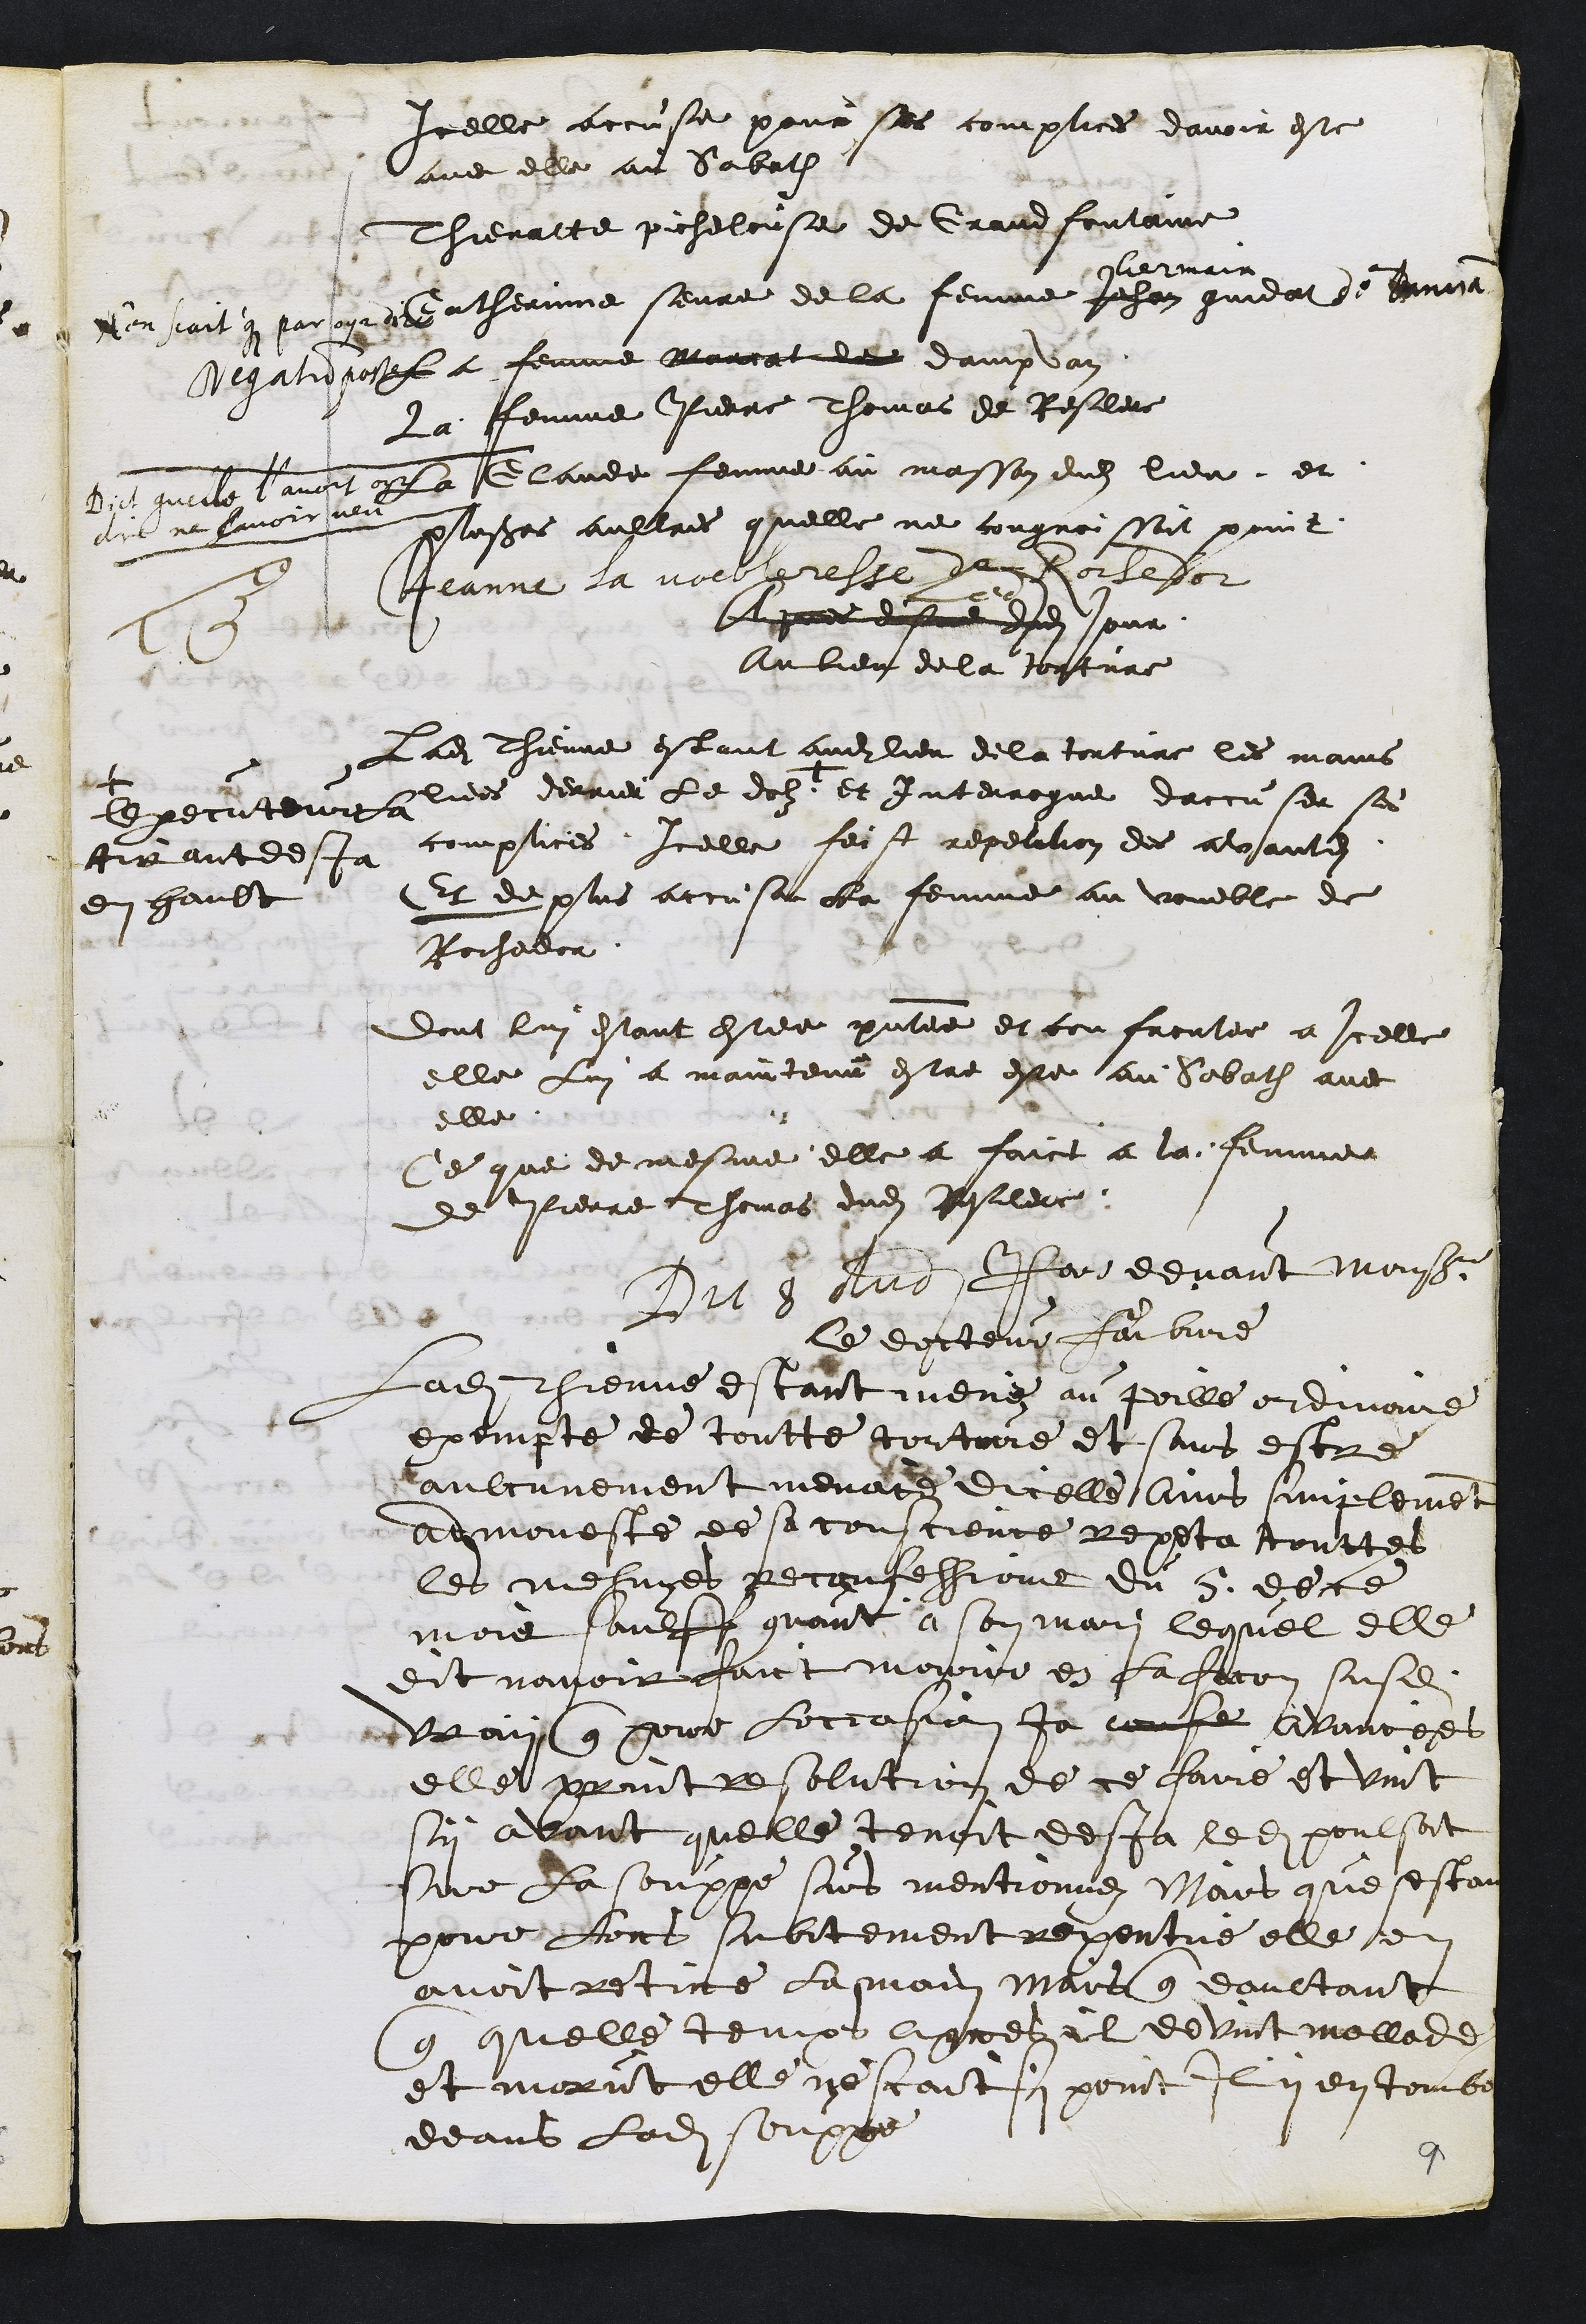
Icelle accuse pour ses complices davoir este
avec elle au Sabath
Thienatte picheleuse de Grand fontaine
Catherinne seure de la femme Jehan
Germain
gindat de Damvan
N'en scait que par oyr dire
La femme Maurat de dampvan
Negatum poste
La femme Pierre Thomas de Resclere
La Claude femme au masson dudit lieu
Dict quelle l'avoit oyr
dit ne lavoir veu
et
plusieurs aultres quelle ne congnoissoit point
Jeanne la voebleresse de Rochedor
Apres disne dudit
Ledit
jour
Au lieu de la torture
Ladite Thienne estant audit lieu de la torture les mains
liees derrier le dolz +
+
lexecuteur la
tirant desja
en hault
et Interrogue daccuser ses
complices Icelle feist repetition des avantdites
Et de plus accuse la femme au voueble de
Rochedor
Dont lui estant estee presentee et confrontee a Icelle
elle Lui a maintenu estre este au Sabath avec
elle
Ce que de mesme elle a faict a la femme
de Pierre Thomas dudit Resclere.
Du 8 dudit Par devant Monsieur
le docteur faibvre
Ladite Thienne estant mené au poille ordinaire
exempte de toutte torture et sans estre
aulcunement menacé dicelle Ains simplement
admoneste de sa conscience Repeta touttes
les mesmes reconfessions du 5 de ce
mois sauff quant a son mari lequel elle
dit navoir faict mourir en la facon susdite
vray que pour Loccasion ja confe avancees
elle print resolution de ce faire et vint
sy avant quelle tenoit desja ledit poulsat
Sure la souppe sus mentionnez Mais que sestant
pour lors subitement repentue elle en
avoit retire la main Mais que daultant
que quelle temps apres il devint mallade
et morut elle ne scait que point Il y en tomba
deans ladite souppe

9